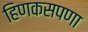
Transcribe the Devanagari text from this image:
हिणकसपणा